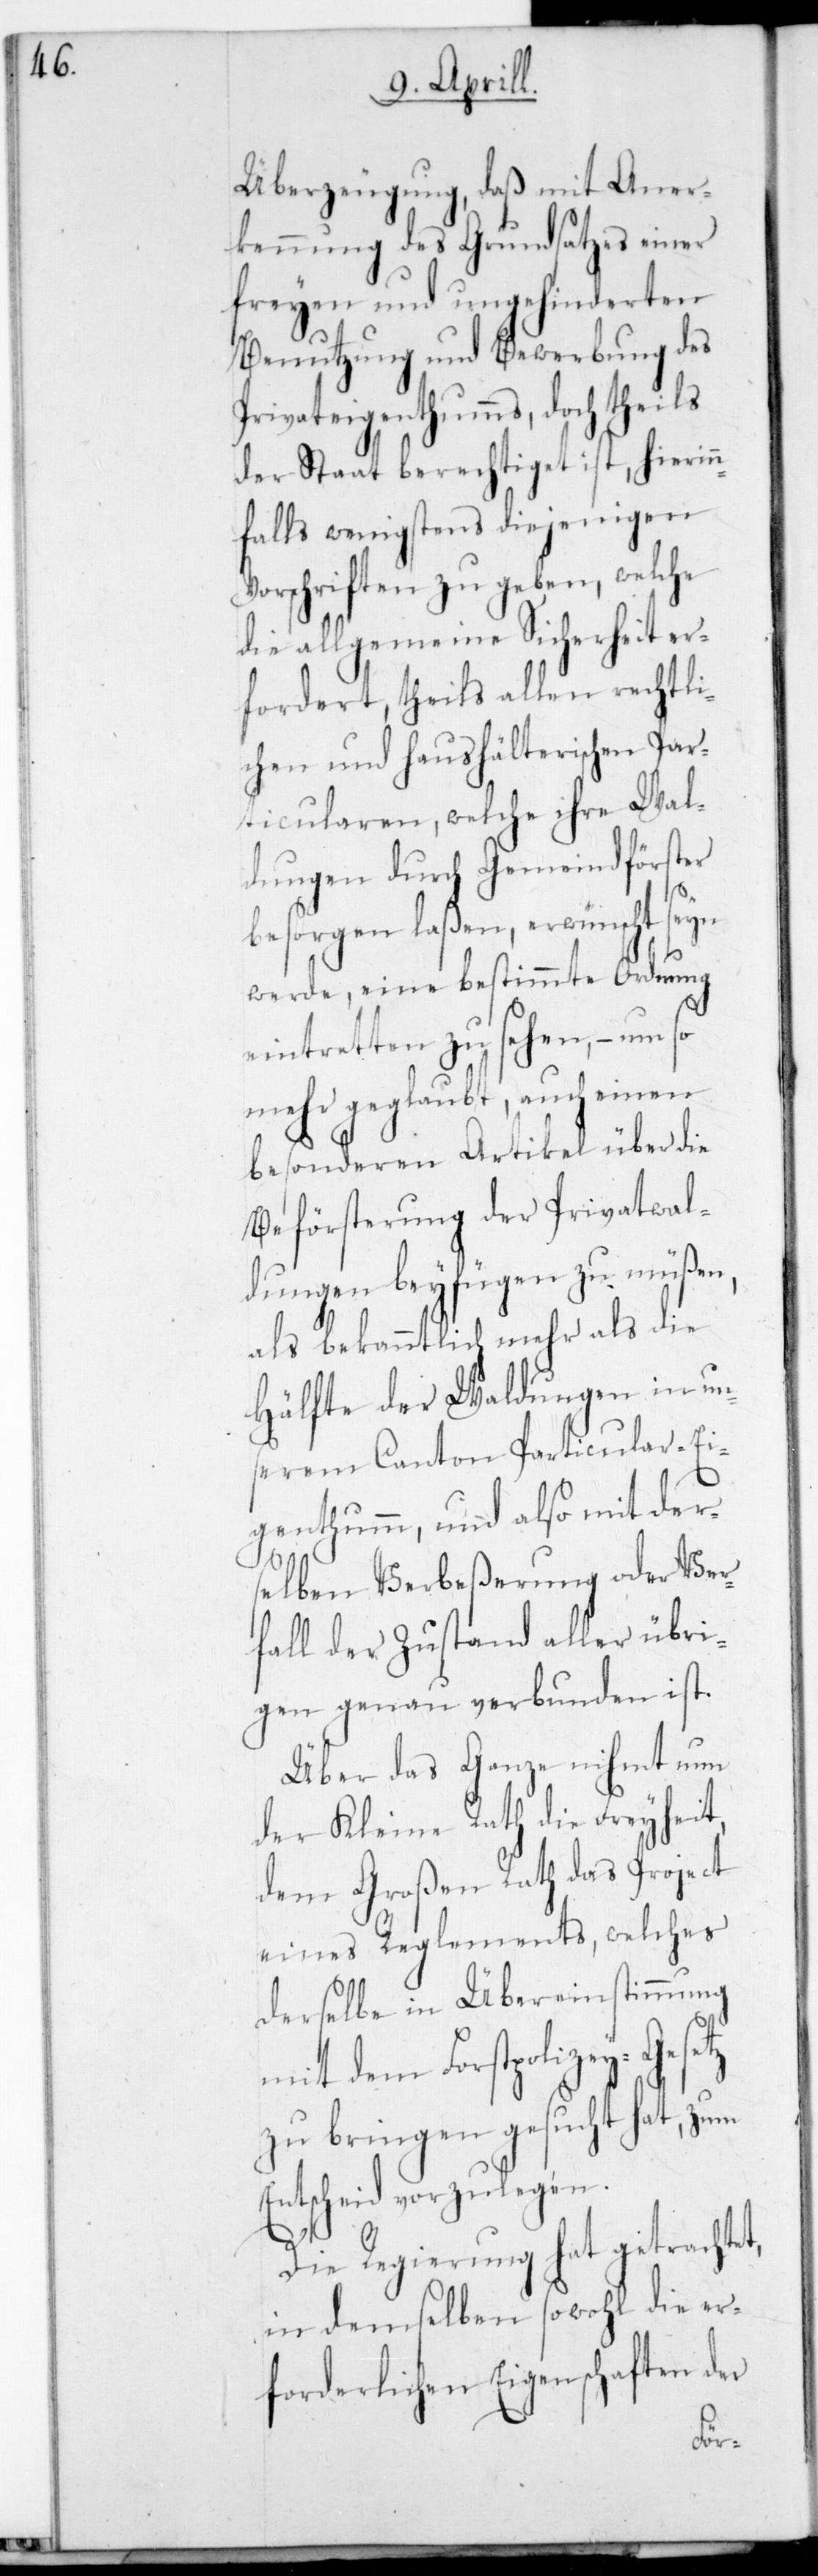
Überzeugung, daß mit Aner¬
kennung des Grundsatzes einer
freien und ungehinderten
Benutzung und Bewerbung des
Privateigenthums, doch theils
der Staat berechtiget ist, hierin
falls wenigstens diejenigen
Vorschriften zu geben, welche
die allgemeine Sicherheit er¬
fordert, theils allen rechtli¬
chen und haushälterischen Part¬
icularen, welche ihre Wal¬
dungen durch Gemeindförster
besorgen laßen, erwünscht sein
werde, eine bestimmte Ordnung
eintretten zu sehen, – um so
mehr geglaubt, auch einen
besonderen Artikel über die
Beförsterung der Privatwal¬
dungen beyfügen zu müßen,
als bekanntlich mehr als die
Hälfte der Waldungen in un¬
serem Canton Particular-Ei¬
genthum, und also mit der¬
selben Verbeßerung oder Ver¬
fall der Zustand aller übri¬
gen genau verbunden ist.
Über das Ganze nimmt nun
der Kleine Rath die Freyheit,
dem Großen Rath das Project
eines Reglements, welches
derselbe in Übereinstimmung
mit dem Forstpolizey-Gesetz
zu bringen gesucht hat, zum
Entscheid vorzulegen.
Die Regierung hat getrachtet,
in demselben sowohl die er¬
forderlichen Eigenschaften der